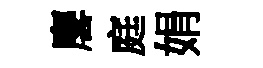
麐庭娟